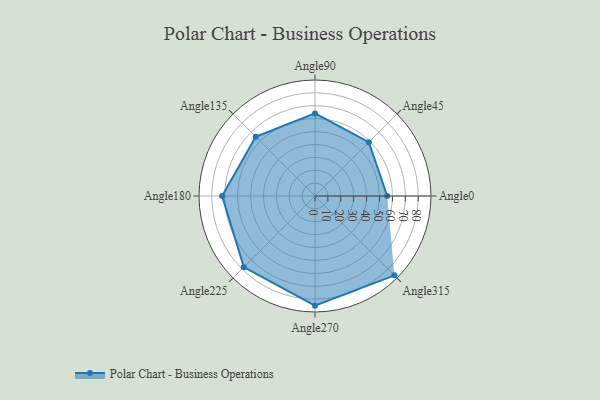
{"axis": {"x": "Angle", "y": "Radius"}, "legend": [""], "data": [{"x": "Angle0", "y": 56.0, "type": ""}, {"x": "Angle45", "y": 59.0, "type": ""}, {"x": "Angle90", "y": 64.0, "type": ""}, {"x": "Angle135", "y": 65.0, "type": ""}, {"x": "Angle180", "y": 72.0, "type": ""}, {"x": "Angle225", "y": 78.0, "type": ""}, {"x": "Angle270", "y": 85.0, "type": ""}, {"x": "Angle315", "y": 87.0, "type": ""}]}